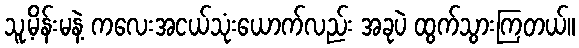
သူ့မိန်းမနဲ့ ကလေးအငယ်သုံးယောက်လည်း အခုပဲ ထွက်သွားကြတယ်။